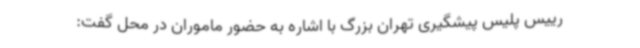
رییس پلیس پیشگیری تهران بزرگ با اشاره به حضور ماموران در محل گفت: